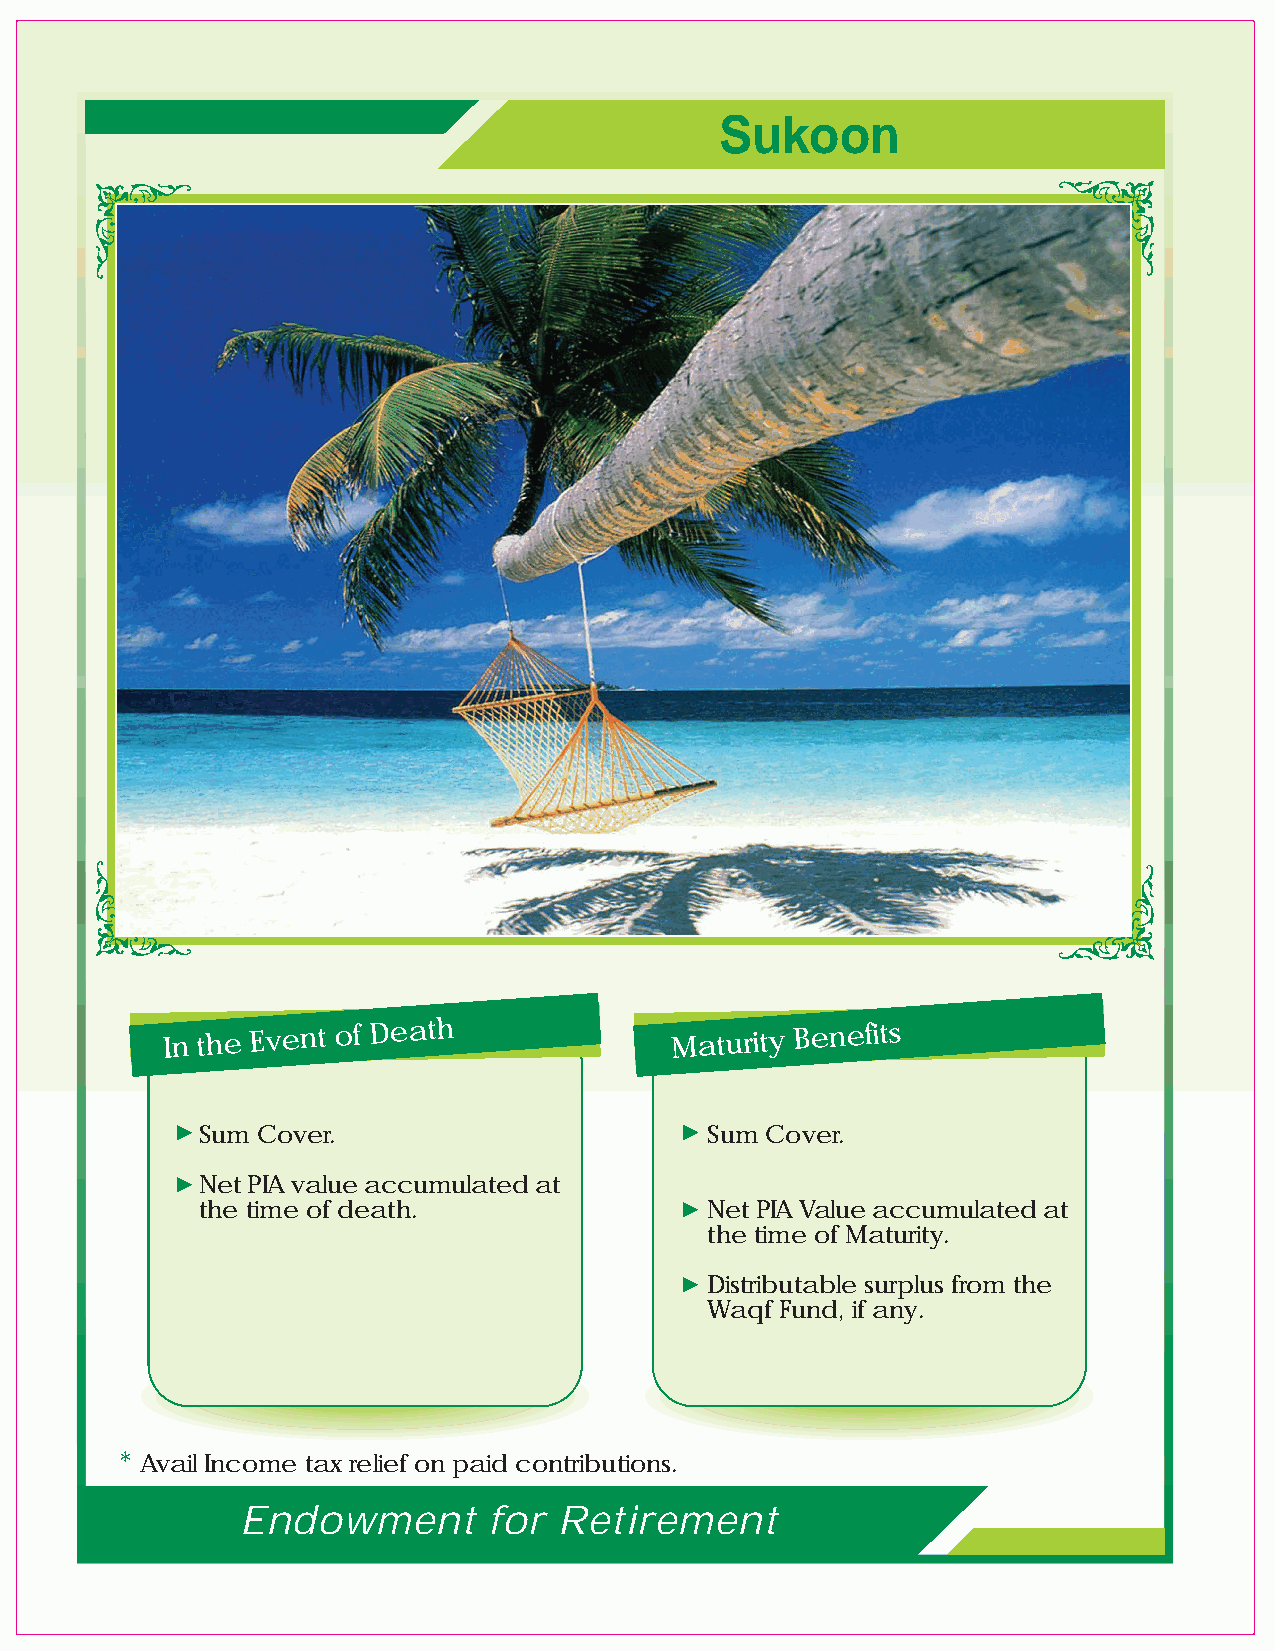
Sukoon
 In the Event of Death             Maturity Benefits
 Sum Cover.                        Sum Cover.
 Net PIA value accumulated atthe time of death.
 Net PIA Value accumulated at
 the time of Maturity.
 Distributable surplus from the
 Waqf Fund, if any.
 * Avail Income tax relief on paid contributions.
 Endowment       for  Retirement